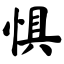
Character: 惧